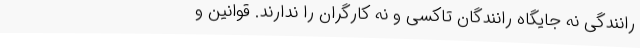
رانندگی نه جایگاه رانندگان تاکسی و نه کارگران را ندارند. قوانین و